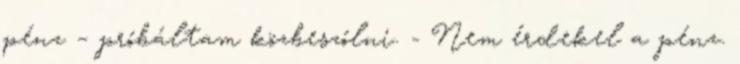
pénz – próbáltam közbeszólni. - Nem érdekel a pénz.